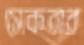
সেকবার